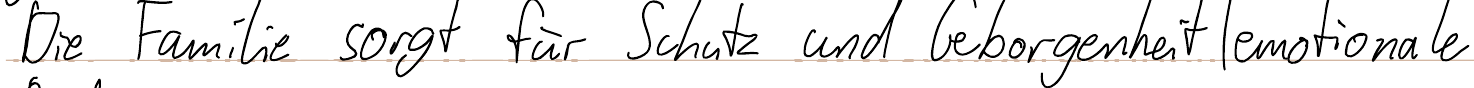
Die Familie sorgt für Schutz und Geborgenheit (emotionale